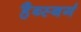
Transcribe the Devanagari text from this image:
हैब्स्बर्ग